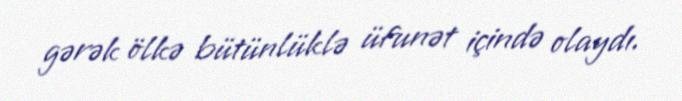
gərək ölkə bütünlüklə üfunət içində olaydı.